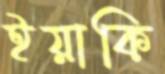
ইয়াকি